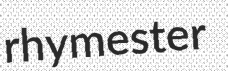
rhymester